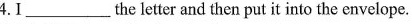
4.I___the letter and then put it into the envelope.